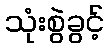
သုံးစွဲခွင့်